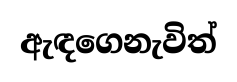
ඇඳගෙනැවිත්